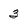
Character: 3